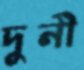
দুনী